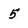
Character: 5